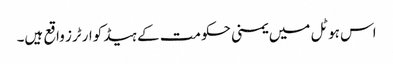
اس ہوٹل میں یمنی حکومت کے ہیڈکوارٹرز واقع ہیں۔